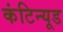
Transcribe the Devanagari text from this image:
कंटिन्यूड